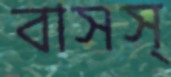
বাসস্